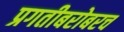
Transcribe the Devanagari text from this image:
प्रगतीबरोबरच